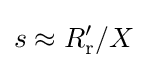
s\approx R_{\text{r}}'/X